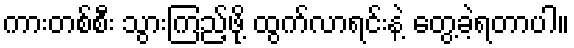
ကားတစ်စီး သွားကြည့်ဖို့ ထွက်လာရင်းနဲ့ တွေ့ခဲ့ရတာပါ။